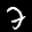
Label: 7